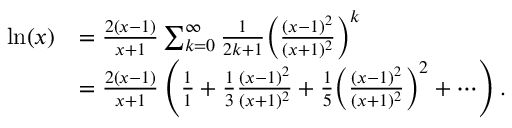
{ \begin{array} { r l } { \ln ( x ) } & { = { \frac { 2 ( x - 1 ) } { x + 1 } } \sum _ { k = 0 } ^ { \infty } { \frac { 1 } { 2 k + 1 } } { \left( { \frac { ( x - 1 ) ^ { 2 } } { ( x + 1 ) ^ { 2 } } } \right) } ^ { k } } \\ & { = { \frac { 2 ( x - 1 ) } { x + 1 } } \left( { \frac { 1 } { 1 } } + { \frac { 1 } { 3 } } { \frac { ( x - 1 ) ^ { 2 } } { ( x + 1 ) ^ { 2 } } } + { \frac { 1 } { 5 } } { \left( { \frac { ( x - 1 ) ^ { 2 } } { ( x + 1 ) ^ { 2 } } } \right) } ^ { 2 } + \cdots \right) . } \end{array} }